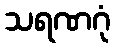
သရဏဂုံ